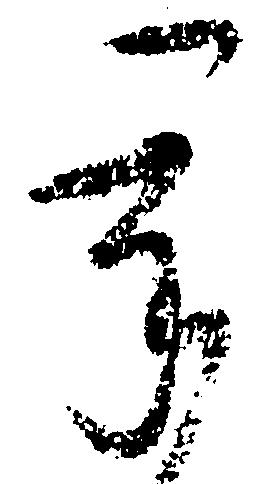
承